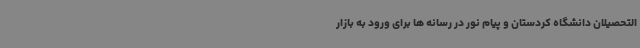
التحصیلان دانشگاه کردستان و پیام نور در رسانه ها برای ورود به بازار